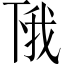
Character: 𫠰